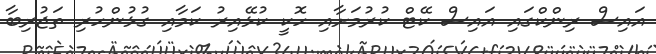
އައިސް ރިންކްގައި އައިސް ކޭޓް ކުރުމަށާއި ހޮކީ ކުޅޭއިރު ކަމާއި ގުޅުންހުރި ތަޖުރިބާ